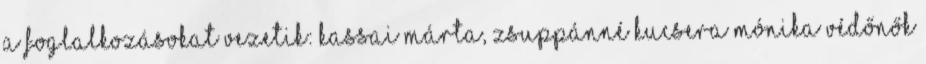
A foglalkozásokat vezetik: Kassai Márta, Zsuppánné Kucsera Mónika védőnők